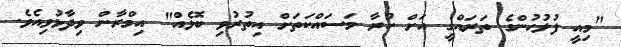
"މިއީ ފުލުހުންގެ ތަރައްގީ އަށް ކުރާ މަސައްކަތަށް އިތުރުވި ބޮޅެއް" އިމްރާން ވިދާޅުވިއެވެ.